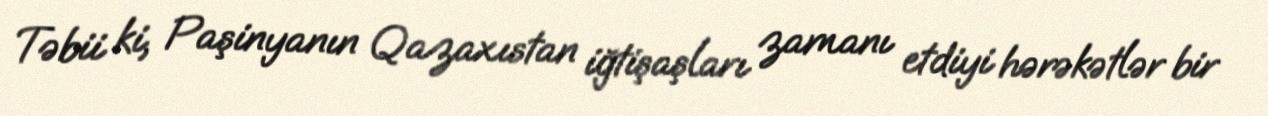
Təbii ki, Paşinyanın Qazaxıstan iğtişaşları zamanı etdiyi hərəkətlər bir